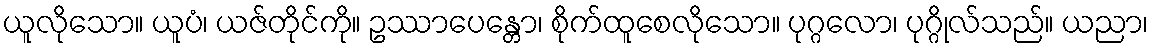
ယူလိုသော။ ယူပံ၊ ယဇ်တိုင်ကို။ ဥဿာပေန္တော၊ စိုက်ထူစေလိုသော။ ပုဂ္ဂလော၊ ပုဂ္ဂိုလ်သည်။ ယညာ၊